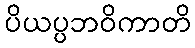
ပိယပ္ပဘဝိကာတိ